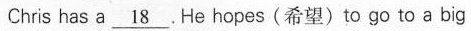
Chris has a \underline{18} . He hopes(希望) to go to a big